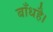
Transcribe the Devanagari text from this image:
बाँधहै।